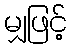
မျှဖြင့်